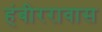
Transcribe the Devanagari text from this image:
हंबीररावास